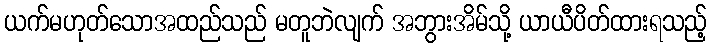
ယက်မဟုတ်သောအထည်သည် မတူဘဲလျက် အဘွားအိမ်သို့ ယာယီပိတ်ထားရသည့်